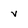
Character: v